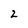
Character: 2